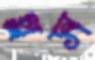
গ্লস